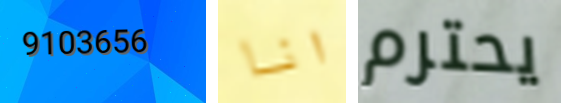
9103656 انا يحترم